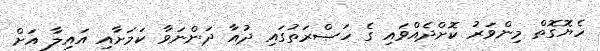
ހެޔޮގޮތް މިންވަރު ކޮށްދެއްވައި ގެ ހަޞްރަތުގައި ދުއާ ދަންނަވާ ކަމަށާއި އައިލާ އަށް